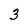
Character: 3